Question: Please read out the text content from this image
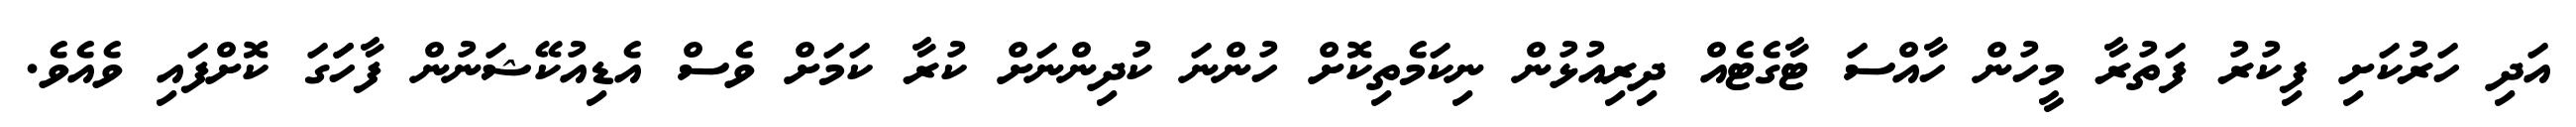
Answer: އަދި ހަރުކަށި ފިކުރު ފަތުރާ މީހުން ހާއްސަ ޓާގެޓެއް ދިރިއުޅުން ނިކަމެތިކޮށް ހުންނަ ކުދިންނަށް ކުރާ ކަމަށް ވެސް އެޑިއުކޭޝަނުން ފާހަަގަ ކޮށްފައި ވެއެވެ.